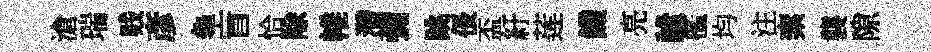
滄瑞贱彥龜盲恰除帷濳彌跳倀盃紆莲饑亮謐檻均注索襲隙